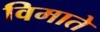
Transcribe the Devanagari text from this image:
विमाते